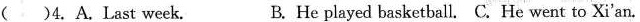
( )4.A,Last week. B. He played basketball.C.He went to Xi'an.